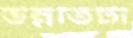
উন্নতিটা